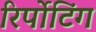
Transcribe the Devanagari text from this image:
रिर्पोटिंग